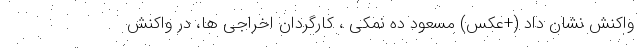
واکنش نشان داد (+عکس) مسعود ده نمکی ، کارگردان اخراجی ها، در واکنش